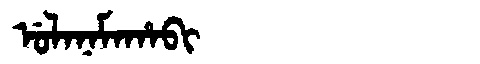
Manchu: ᡠᠯᠠᠨᠠᠮᠠᡥᠠᠪᡳ
Romanization: ULANAMAHABI